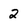
Character: 2